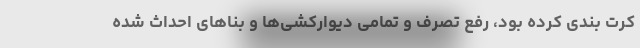
کرت بندی کرده بود، رفع تصرف و تمامی دیوارکشی‌ها و بناهای احداث شده